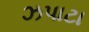
ઝપાટા